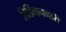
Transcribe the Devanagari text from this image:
हिडिंबानगारी